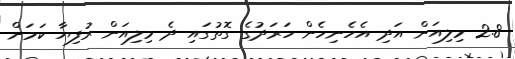
2.8 މިލިއަން އަދި އެހެނިހެން ހަރަދުގެ ގޮތުގައި ދެ މިލިއަން ރުފިޔާ ކަމަށް